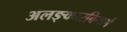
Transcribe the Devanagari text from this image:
अलङ्कारविमर्श